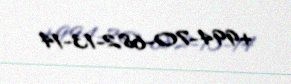
+994-70-682-13-14